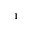
^ 1